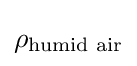
\rho _{\text{humid air}}